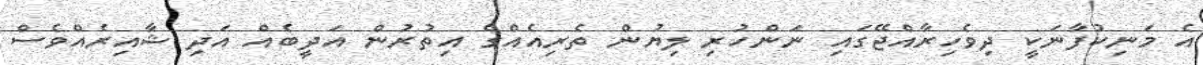
އެ މަނިކުފާނަކީ ދިވެހިރާއްޖޭގައި ނަންހުރި ލިޔުން ތެރިއެއްގެ އިތުރުން އަދީބެއް އަދި ޝާއިރެއްވެސް